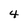
Character: 4